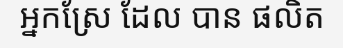
អ្នកស្រែ ដែល បាន ផលិត